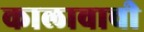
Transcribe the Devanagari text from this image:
कालावाची